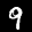
Label: 9